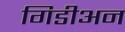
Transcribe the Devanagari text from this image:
गिडीअन